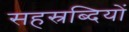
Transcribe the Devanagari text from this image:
सहस्रब्दियों